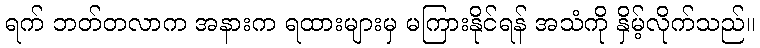
ရက် ဘတ်တလာက အနားက ရထားများမှ မကြားနိုင်ရန် အသံကို နှိမ့်လိုက်သည်။